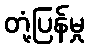
တုံ့ပြန်မှု